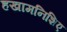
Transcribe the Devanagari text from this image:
हखामनिशिए